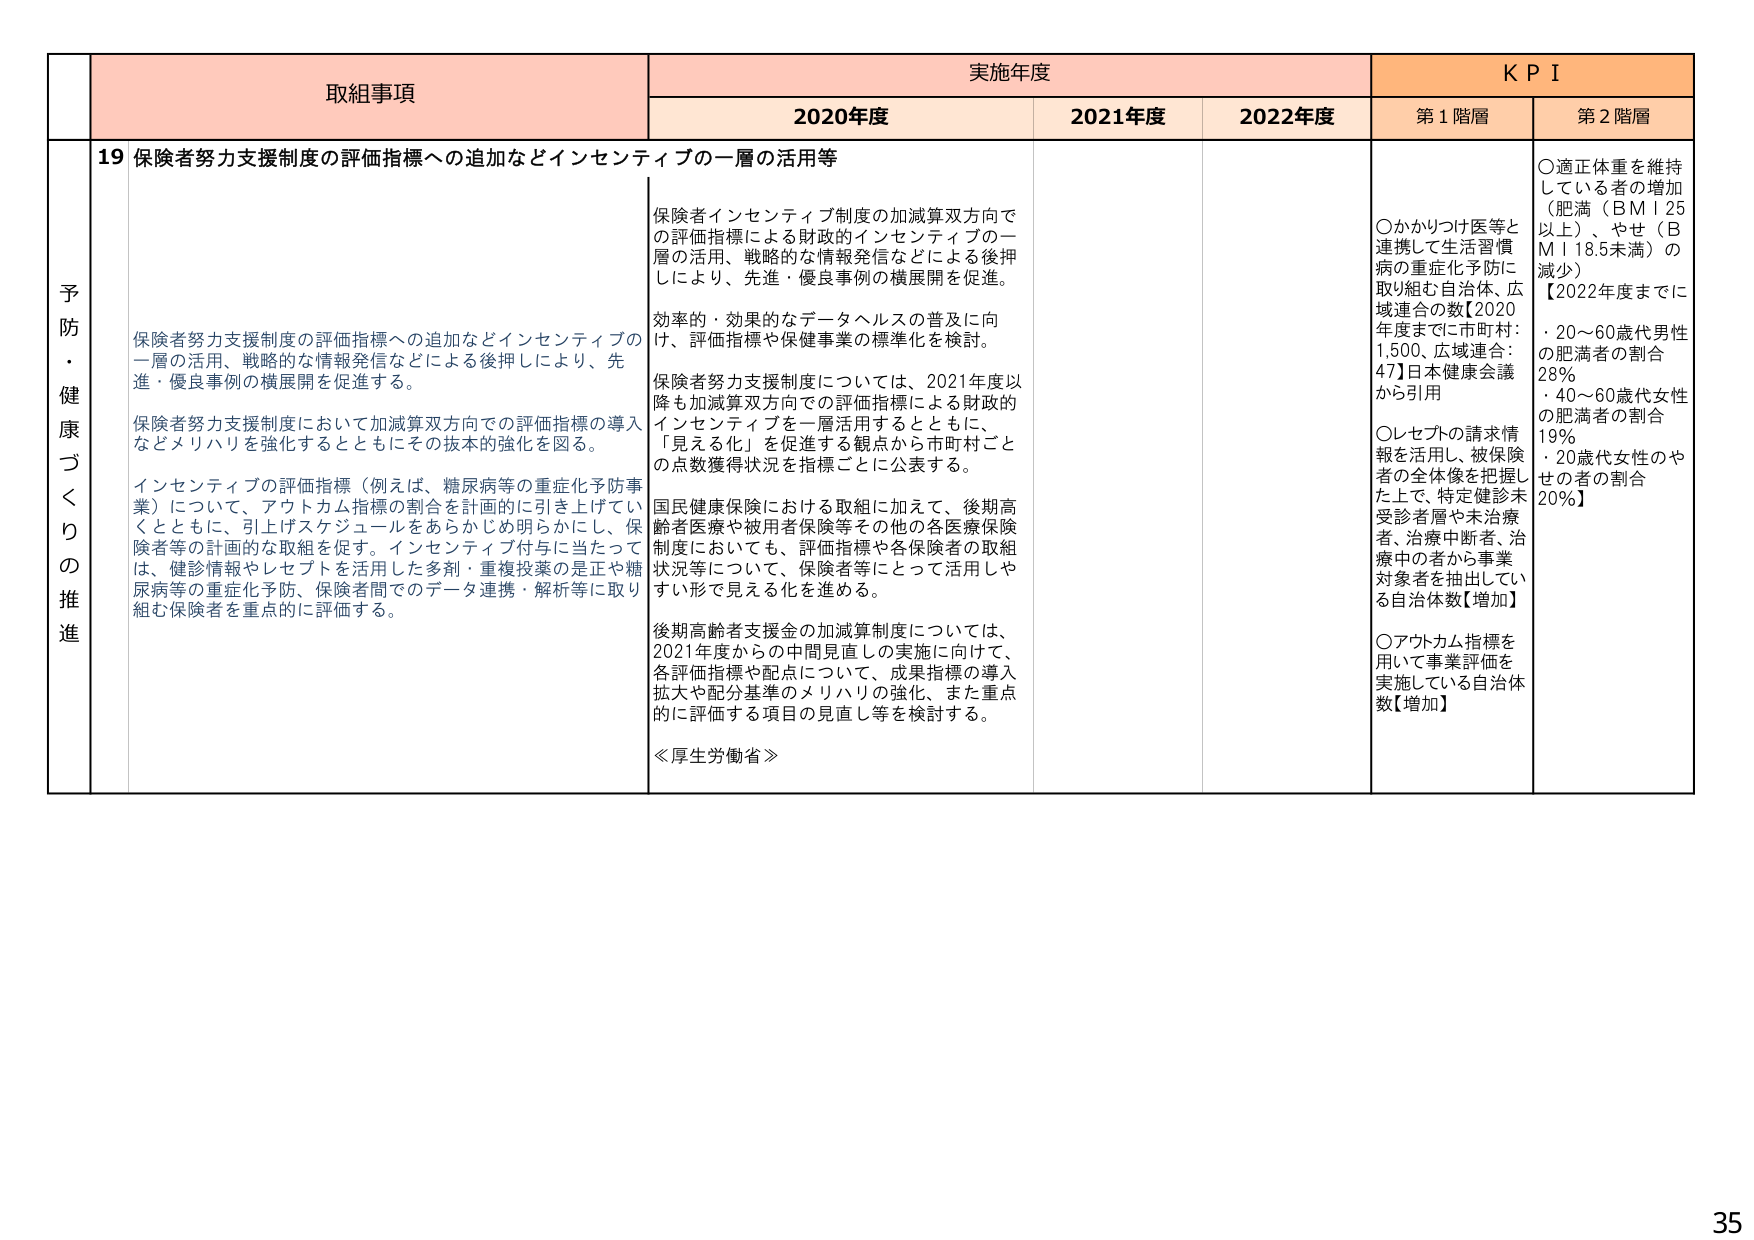
予防・健康づくりの推進

取組事項
19 保険者努力支援制度の評価指標への追加などインセンティブの一層の活用等

保険者努力支援制度の評価指標への追加などインセンティブの一層の活用、戦略的な情報発信などによる後押しにより、先進・優良事例の横展開を促進する。

保険者努力支援制度において加減算双方向での評価指標の導入などメリハリを強化するとともにその抜本的強化を図る。

インセンティブの評価指標（例えば、糖尿病等の重症化予防事業）について、アウトカム指標の割合を計画的に引き上げていくとともに、引上げスケジュールをあらかじめ明らかにし、保険者等の計画的な取組を促す。インセンティブ付与に当たっては、健診情報やレセプトを活用した多剤・重複投薬の是正や糖尿病等の重症化予防、保険者間でのデータ連携・解析等に取り組む保険者を重点的に評価する。

実施年度
2020年度
保険者インセンティブ制度の加減算双方向での評価指標による財政的インセンティブの一層の活用、戦略的な情報発信などによる後押しにより、先進・優良事例の横展開を促進。

効率的・効果的なデータヘルスの普及に向け、評価指標や保健事業の標準化を検討。

保険者努力支援制度については、2021年度以降も加減算双方向での評価指標による財政的インセンティブを一層活用するとともに、「見える化」を促進する観点から市町村ごとの点数獲得状況を指標ごとに公表する。

国民健康保険における取組に加えて、後期高齢者医療や被用者保険等その他の各医療保険制度においても、評価指標や各保険者の取組状況等について、保険者等にとって活用しやすい形で見える化を進める。

後期高齢者支援金の加減算制度については、2021年度からの中間見直しの実施に向けて、各評価指標や配点について、成果指標の導入拡大や配分基準のメリハリの強化、また重点的に評価する項目の見直し等を検討する。

≪厚生労働省≫

2021年度
2022年度

KPI
第1階層
○かかりつけ医等と連携して生活習慣病の重症化予防に取り組む自治体、広域連合の数【2020年度までに市町村：1,500、広域連合：47】日本健康会議から引用

○レセプトの請求情報を活用し、被保険者の全体像を把握した上で、特定健診未受診者層や未治療者、治療中断者、治療中の者から事業対象者を抽出している自治体数【増加】

○アウトカム指標を用いて事業評価を実施している自治体数【増加】

第2階層
○適正体重を維持している者の増加（肥満（BMI 25以上）、やせ（BMI 18.5未満）の減少）
【2022年度までに
・20～60歳代男性の肥満者の割合 28%
・40～60歳代女性の肥満者の割合 19%
・20歳代女性のやせの者の割合 20%】

35